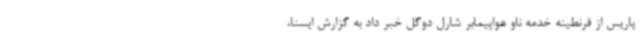
پاریس از قرنطینه خدمه ناو هواپیمابر شارل دوگل خبر داد به گزارش ایسنا،